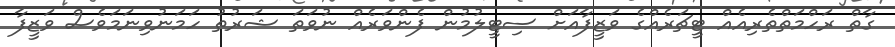
ގާތް ރަހްމަތްތެރިއެއް ޓީޗަރެއްގެ ވަޒީފާއަށް ސިޓީލުމުން ފެންވަރެއް ނުވަތަ ޝަރުތު ހަމަނުވިނަމަވެސް ވަޒީފާ